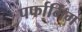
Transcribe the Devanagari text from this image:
पर्फार्मिंग